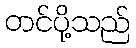
တင်ပို့သည်